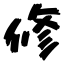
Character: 修